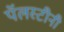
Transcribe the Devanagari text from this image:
पॅलस्टीनी